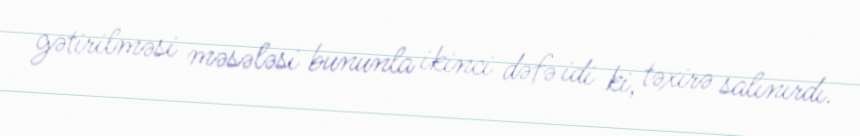
gətirilməsi məsələsi bununla ikinci dəfə idi ki, təxirə salınırdı.